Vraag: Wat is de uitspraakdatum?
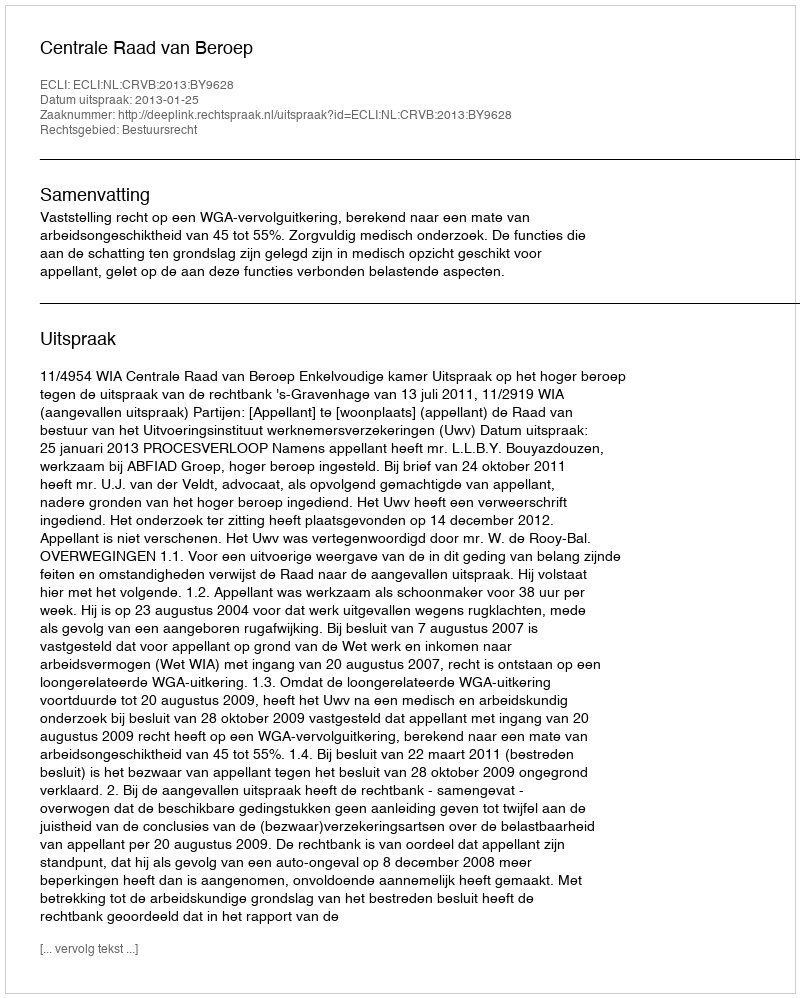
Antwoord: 2013-01-25